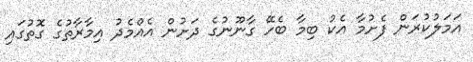
އަމަލުކުރަން ފެށުމާ އެކު ބިމާ ބެހޭ ގާނޫނުގެ ދަށުން އެއްމެދު އިމާރާތުގެ ގޮތުގައި